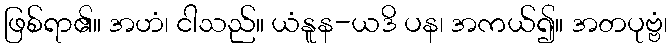
ဖြစ်ရာ၏။ အဟံ၊ ငါသည်။ ယံနူန-ယဒိ ပန၊ အကယ်၍။ အတပုဗ္ဗံ၊